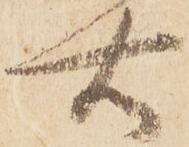
右